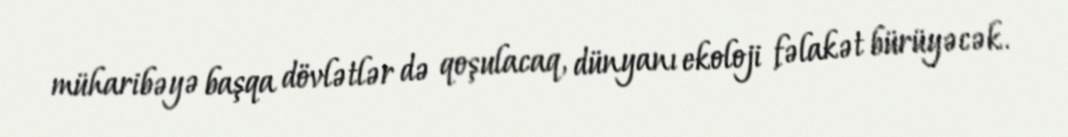
müharibəyə başqa dövlətlər də qoşulacaq, dünyanı ekoloji fəlakət bürüyəcək.